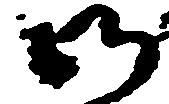
御